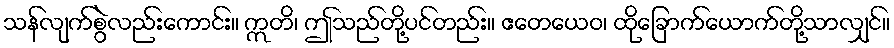
သန်လျက်စွဲလည်းကောင်း။ ဣတိ၊ ဤသည်တို့ပင်တည်း။ ဧတေယေဝ၊ ထိုခြောက်ယောက်တို့သာလျှင်။